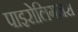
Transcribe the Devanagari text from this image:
पाइरोलिगनस